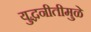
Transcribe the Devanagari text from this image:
युद्धनीतीमुळे